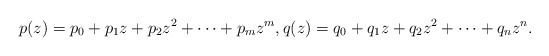
\begin{align*}p(z) = p_0 + p_1 z + p_2 z^2 + \cdots + p_m z^m, q(z) = q_0 + q_1 z + q_2 z^2 + \cdots + q_n z^n.\end{align*}